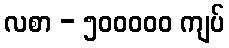
လစာ - ၅၀၀၀၀၀ ကျပ်